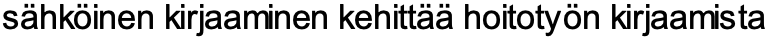
sähköinen kirjaaminen kehittää hoitotyön kirjaamista